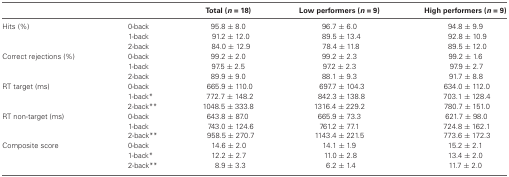
|  |  | Total (n = 18) | Low performers (n = 9) | High performers (n = 9) |
 | --- | --- | --- | --- | --- |
 | Hits (%) | 0-back | 95.8 ± 8.0 | 96.7 ± 6.0 | 94.8 ± 9.9 |
 |  | 1-back | 91.2 ± 12.0 | 89.5 ± 13.4 | 92.8 ± 10.9 |
 |  | 2-back | 84.0 ± 12.9 | 78.4 ± 11.8 | 89.5 ± 12.0 |
 | Correct rejections (%) | 0-back | 99.2 ± 2.0 | 99.2 ± 2.3 | 99.2 ± 1.6 |
 |  | 1-back | 97.5 ± 2.5 | 97.2 ± 2.3 | 97.9 ± 2.7 |
 |  | 2-back | 89.9 ± 9.0 | 88.1 ± 9.3 | 91.7 ± 8.8 |
 | RT target (ms) | 0-back | 665.9 ± 110.0 | 697.7 ± 104.3 | 634.0 ± 112.0 |
 |  | 1-back* | 772.7 ± 148.2 | 842.3 ± 138.8 | 703.1 ± 128.4 |
 |  | 2-back** | 1048.5 ± 333.8 | 1316.4 ± 229.2 | 780.7 ± 151.0 |
 | RT non-target (ms) | 0-back | 643.8 ± 87.0 | 665.9 ± 73.3 | 621.7 ± 98.0 |
 |  | 1-back | 743.0 ± 124.6 | 761.2 ± 77.1 | 724.8 ± 162.1 |
 |  | 2-back** | 958.5 ± 270.7 | 1143.4 ± 221.5 | 773.6 ± 172.3 |
 | Composite score | 0-back | 14.6 ± 2.0 | 14.1 ± 1.9 | 15.2 ± 2.1 |
 |  | 1-back* | 12.2 ± 2.7 | 11.0 ± 2.8 | 13.4 ± 2.0 |
 |  | 2-back** | 8.9 ± 3.3 | 6.2 ± 1.4 | 11.7 ± 2.0 |